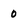
Character: o